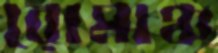
রোমাঞ্চ